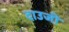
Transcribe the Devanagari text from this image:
दाउजी